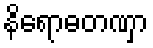
နိရောဓတဏှာ